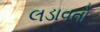
લડાવતો